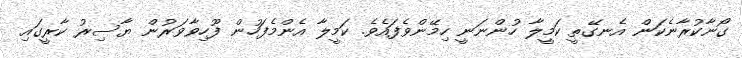
ގޯނާކުރާނެކަން އެނގޭތީ ކަމީލާ ހުންނަނީ ހިމޭންވެފައެވެ. ކަމީލާ އެންމެފަހުން ފޫހިވާވަރުން ޔާސިރު ކާރީގައި